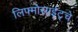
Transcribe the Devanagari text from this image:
लिफ्मोसाईट्चे